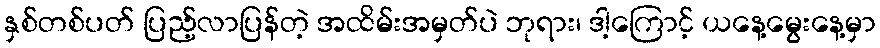
နှစ်တစ်ပတ် ပြည့်လာပြန်တဲ့ အထိမ်းအမှတ်ပဲ ဘုရား၊ ဒါ့ကြောင့် ယနေ့မွေးနေ့မှာ